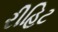
રીહિટ